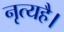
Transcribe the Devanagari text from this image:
नृत्यहै।